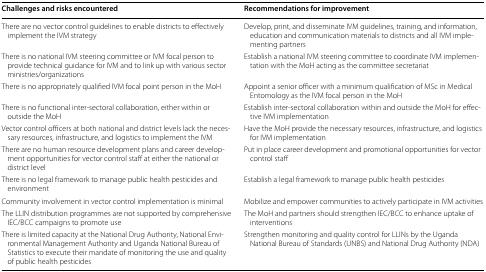
| Challenges and risks encountered | Recommendations for improvement |
 | --- | --- |
 | There are no vector control guidelines to enable districts to effectively implement the IVM strategy | Develop, print, and disseminate IVM guidelines, training, and information, education and communication materials to districts and all IVM implementing partners |
 | There is no national IVM steering committee or IVM focal person to provide technical guidance for IVM and to link up with various sector ministries/organizations | Establish a national IVM steering committee to coordinate IVM implementation with the MoH acting as the committee secretariat |
 | There is no appropriately qualified IVM focal point person in the MoH | Appoint a senior officer with a minimum qualification of MSc in Medical Entomology as the IVM focal person in the MoH |
 | There is no functional inter-sectoral collaboration, either within or outside the MoH | Establish inter-sectoral collaboration within and outside the MoH for effective IVM implementation |
 | Vector control officers at both national and district levels lack the necessary resources, infrastructure, and logistics to implement the IVM | Have the MoH provide the necessary resources, infrastructure, and logistics for IVM implementation |
 | There are no human resource development plans and career development opportunities for vector control staff at either the national or district level | Put in place career development and promotional opportunities for vector control staff |
 | There is no legal framework to manage public health pesticides and environment | Establish a legal framework to manage public health pesticides |
 | Community involvement in vector control implementation is minimal | Mobilize and empower communities to actively participate in IVM activities |
 | The LLIN distribution programmes are not supported by comprehensive IEC/BCC campaigns to promote use | The MoH and partners should strengthen IEC/BCC to enhance uptake of interventions |
 | There is limited capacity at the National Drug Authority, National Environmental Management Authority and Uganda National Bureau of Statistics to execute their mandate of monitoring the use and quality of public health pesticides | Strengthen monitoring and quality control for LLINs by the Uganda National Bureau of Standards (UNBS) and National Drug Authority (NDA) |